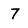
Character: 7